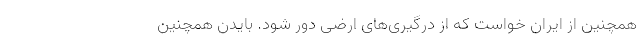
همچنین از ایران خواست که از درگیری‌های ارضی دور شود. بایدن همچنین